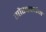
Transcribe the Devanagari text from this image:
गौरववर्धन